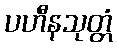
ပဟီနသုတ္တံ